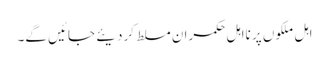
اہل ملکوں پر نااہل حکمران مسلط کردیئے جائیں گے۔